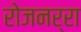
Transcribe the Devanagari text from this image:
रोजनर्रा